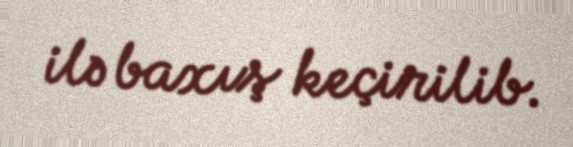
ilə baxış keçirilib.